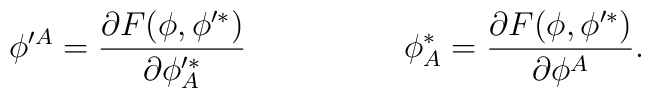
\phi'^A=\frac{\partial F(\phi , \phi'^*)}{\partial \phi'^*_A}\hspace{2cm}\phi^*_A=\frac{\partial F(\phi , \phi'^*)}{\partial \phi ^A}.